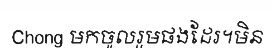
Chong មកចូលរួមផងដែរ។មិន